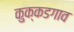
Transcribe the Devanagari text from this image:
कुक्कडगाव